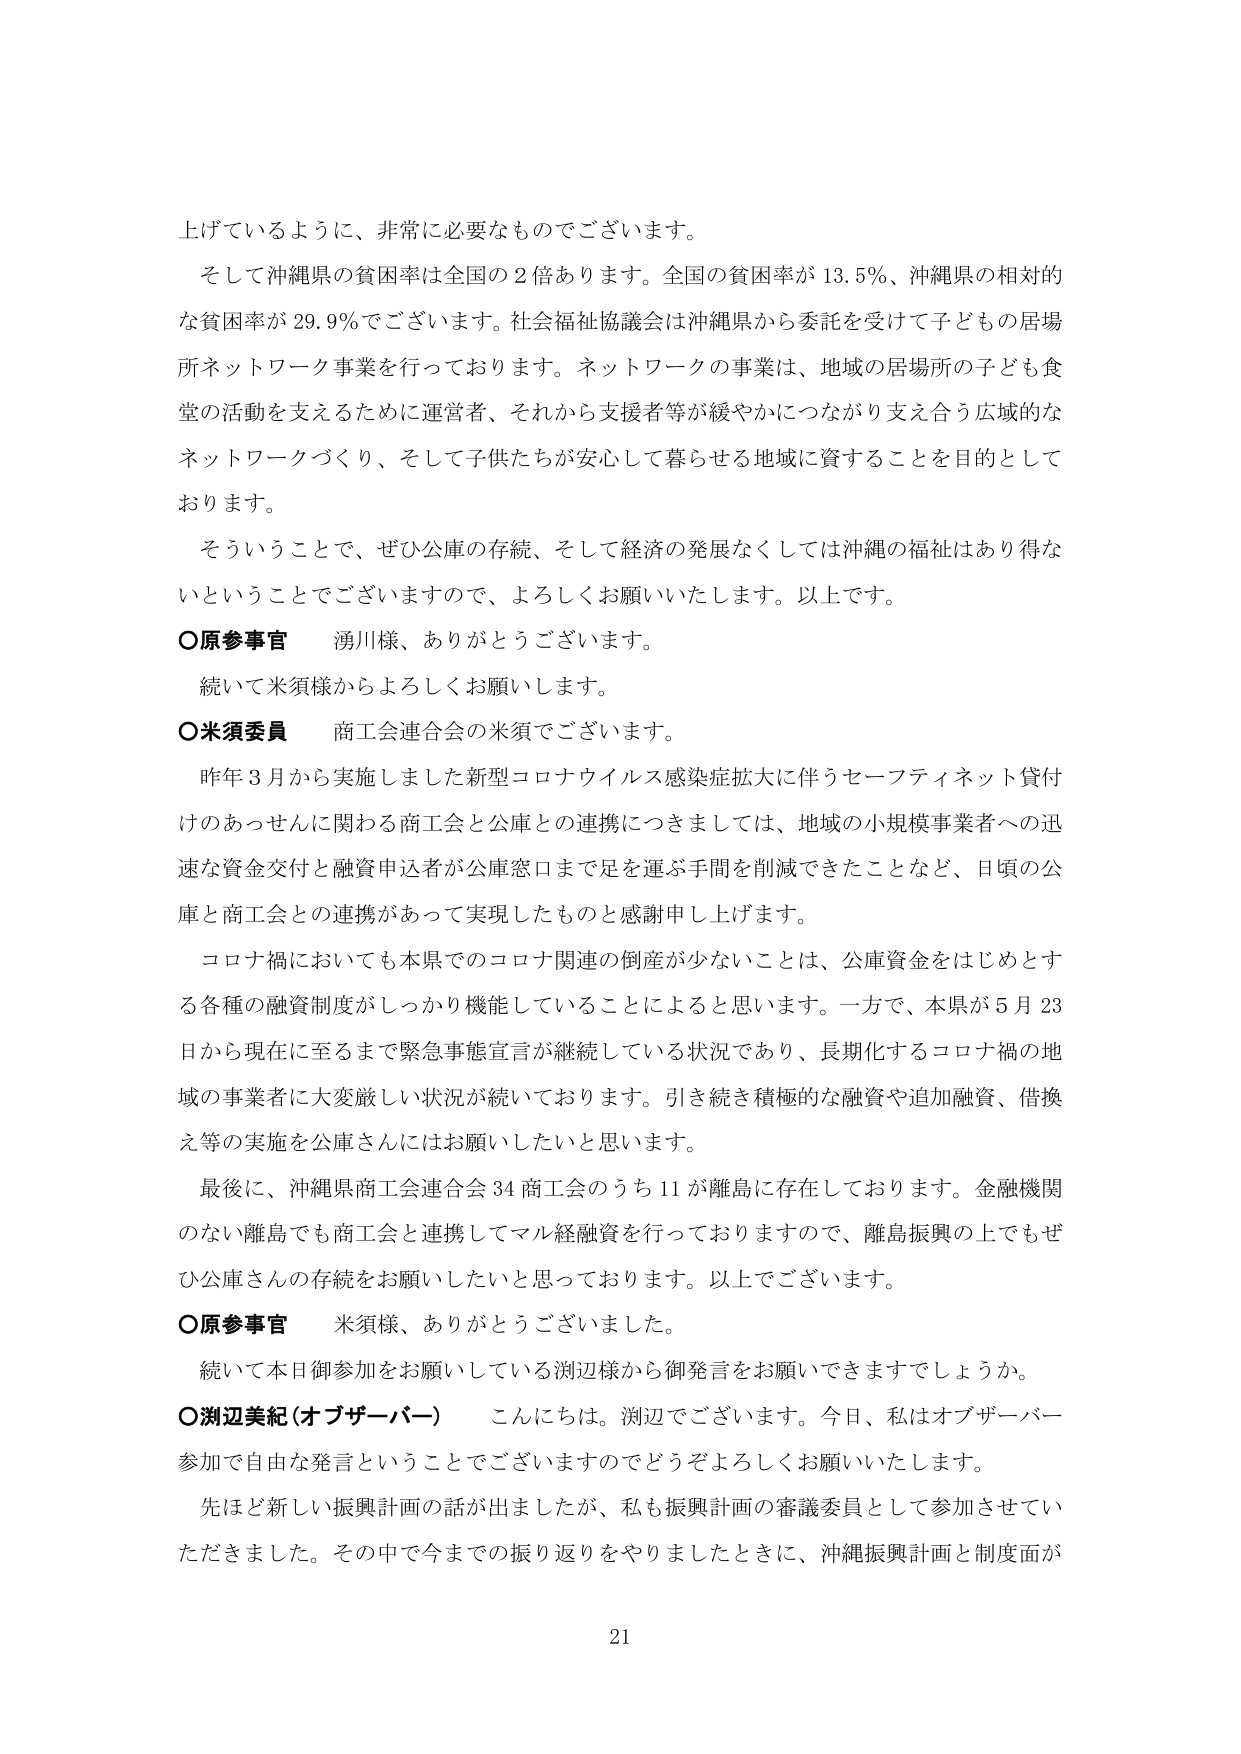
上げているように、非常に必要なものでございます。

そして沖縄県の貧困率は全国の２倍あります。全国の貧困率が13.5％、沖縄県の相対的な貧困率が29.9％でございます。社会福祉協議会は沖縄県から委託を受けて子どもの居場所ネットワーク事業を行っております。ネットワークの事業は、地域の居場所の子ども食堂の活動を支えるために運営者、それから支援者等が緩やかにつながり支え合う広域的なネットワークづくり、そして子供たちが安心して暮らせる地域に資することを目的としております。

そういうことで、ぜひ公庫の存続、そして経済の発展なくしては沖縄の福祉はあり得ないということでございますので、よろしくお願いいたします。以上です。

〇原参事官　湧川様、ありがとうございます。

　続いて米須様からよろしくお願いします。

〇米須委員　商工会連合会の米須でございます。

　昨年３月から実施しました新型コロナウイルス感染症拡大に伴うセーフティネット貸付けのあっせんに関わる商工会と公庫との連携につきましては、地域の小規模事業者への迅速な資金交付と融資申込者が公庫窓口まで足を運ぶ手間を削減できたことなど、日頃の公庫と商工会との連携があって実現したものと感謝申し上げます。

　コロナ禍においても本県でのコロナ関連の倒産が少ないことは、公庫資金をはじめとする各種の融資制度がしっかり機能していることによると思います。一方で、本県が５月23日から現在に至るまで緊急事態宣言が継続している状況であり、長期化するコロナ禍の地域の事業者に大変厳しい状況が続いております。引き続き積極的な融資や追加融資、借換え等の実施を公庫さんにはお願いしたいと思います。

　最後に、沖縄県商工会連合会34商工会のうち11が離島に存在しております。金融機関のない離島でも商工会と連携してマル経融資を行っておりますので、離島振興の上でもぜひ公庫さんの存続をお願いしたいと思っております。以上でございます。

〇原参事官　米須様、ありがとうございました。

　続いて本日御参加をお願いしている渕辺様から御発言をお願いできますでしょうか。

〇渕辺美紀（オブザーバー）　こんにちは。渕辺でございます。今日、私はオブザーバー参加で自由な発言ということでございますのでどうぞよろしくお願いいたします。

　先ほど新しい振興計画の話が出ましたが、私も振興計画の審議委員として参加させていただきました。その中で今までの振り返りをやりましたときに、沖縄振興計画と制度面が

21